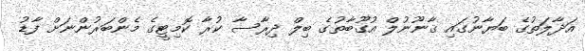
އަދާލަތުގެ ބަޔާނުގައި ޤާނޫނުލް އުގޫބާތުގެ ބިލް ދިރާސާ ކުރާ ކޮމިޓީގެ މެންބަރުންނަށް ފާޑު